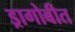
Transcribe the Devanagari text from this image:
ड्रागोबीत